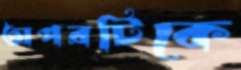
অপরটিকে